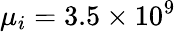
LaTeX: \mu_{i}=3.5\times 10^{9}